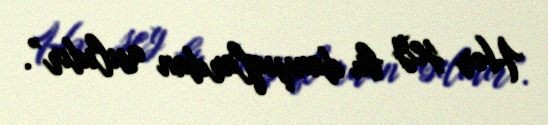
Hər şey bu danışıqlardan asılıdır”.